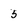
Character: 5